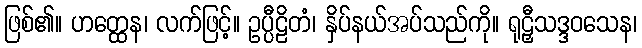
ဖြစ်၏။ ဟတ္ထေန၊ လက်ဖြင့်။ ဥပ္ပီဠိတံ၊ နှိပ်နယ်အပ်သည်ကို။ ရုဠှီသဒ္ဒဝသေန၊